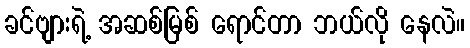
ခင်ဗျားရဲ့ အဆစ်မြစ် ရောင်တာ ဘယ်လို နေလဲ။